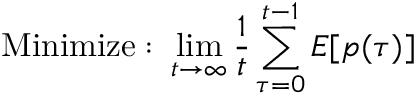
{ \mathrm { M i n i m i z e : ~ } } \operatorname* { l i m } _ { t \rightarrow \infty } { \frac { 1 } { t } } \sum _ { \tau = 0 } ^ { t - 1 } E [ p ( \tau ) ]